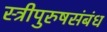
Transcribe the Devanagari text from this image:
स्त्रीपुरुषसंबंध